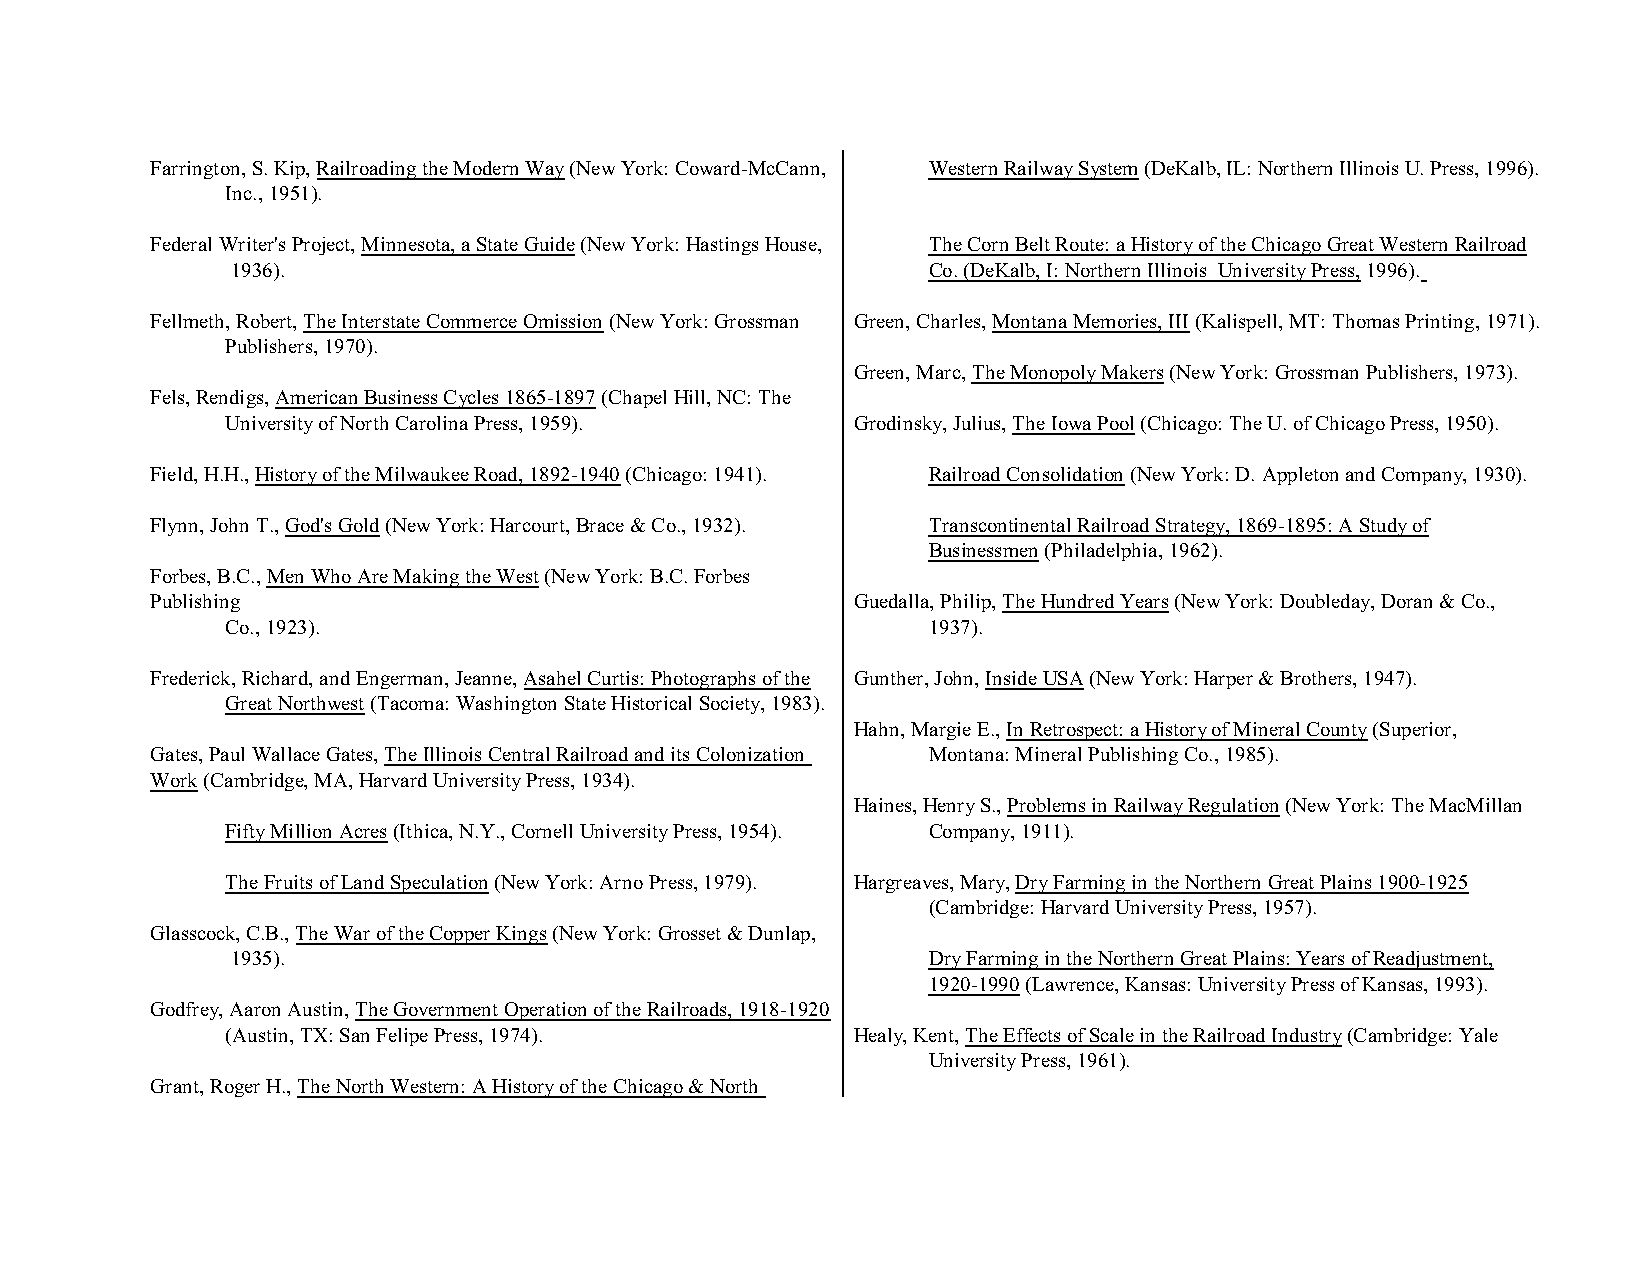
Farrington, S. Kip, Railroading the Modern Way (New York: Coward-McCann, Western Railway System (DeKalb, IL: Northern Illinois U. Press, 1996).
 Inc., 1951).
 Federal Writer's Project, Minnesota, a State Guide (New York: Hastings House, The Corn Belt Route: a History of the Chicago Great Western Railroad
 1936).                                        Co. (DeKalb, I: Northern Illinois University Press, 1996).
 Fellmeth, Robert, The Interstate Commerce Omission (New York: Grossman Green, Charles, Montana Memories, III (Kalispell, MT: Thomas Printing, 1971).
 Publishers, 1970).
 Green, Marc, The Monopoly Makers (New York: Grossman Publishers, 1973).
 Fels, Rendigs, American Business Cycles 1865-1897 (Chapel Hill, NC: The
 University of North Carolina Press, 1959). Grodinsky, Julius, The Iowa Pool (Chicago: The U. of Chicago Press, 1950).
 Field, H.H., History of the Milwaukee Road, 1892-1940 (Chicago: 1941). Railroad Consolidation (New York: D. Appleton and Company, 1930).
 Flynn, John T., God's Gold (New York: Harcourt, Brace & Co., 1932). Transcontinental Railroad Strategy, 1869-1895: A Study of
 Businessmen (Philadelphia, 1962).
 Forbes, B.C., Men Who Are Making the West (New York: B.C. Forbes
 Publishing                                    Guedalla, Philip, The Hundred Years (New York: Doubleday, Doran & Co.,
 Co., 1923).                                   1937).
 Frederick, Richard, and Engerman, Jeanne, Asahel Curtis: Photographs of the Gunther, John, Inside USA (New York: Harper & Brothers, 1947).
 Great Northwest (Tacoma: Washington State Historical Society, 1983).
 Hahn, Margie E., In Retrospect: a History of Mineral County (Superior,
 Gates, Paul Wallace Gates, The Illinois Central Railroad and its Colonization Montana: Mineral Publishing Co., 1985).
 Work (Cambridge, MA, Harvard University Press, 1934).
 Haines, Henry S., Problems in Railway Regulation (New York: The MacMillan
 Fifty Million Acres (Ithica, N.Y., Cornell University Press, 1954). Company, 1911).
 The Fruits of Land Speculation (New York: Arno Press, 1979). Hargreaves, Mary, Dry Farming in the Northern Great Plains 1900-1925
 (Cambridge: Harvard University Press, 1957).
 Glasscock, C.B., The War of the Copper Kings (New York: Grosset & Dunlap,
 1935).                                        Dry Farming in the Northern Great Plains: Years of Readjustment,
 1920-1990 (Lawrence, Kansas: University Press of Kansas, 1993).
 Godfrey, Aaron Austin, The Government Operation of the Railroads, 1918-1920
 (Austin, TX: San Felipe Press, 1974).    Healy, Kent, The Effects of Scale in the Railroad Industry (Cambridge: Yale
 University Press, 1961).
 Grant, Roger H., The North Western: A History of the Chicago & North